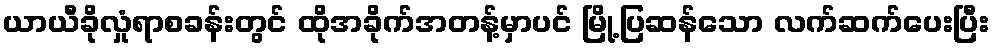
ယာယီခိုလှုံရာစခန်းတွင် ထိုအခိုက်အတန့်မှာပင် မြို့ပြဆန်သော လက်ဆက်ပေးပြီး